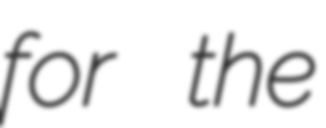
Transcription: for the